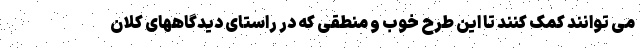
می توانند کمک کنند تا این طرح خوب و منطقی که در راستای دیدگاههای کلان